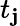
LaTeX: t_{\mathbf{j}}